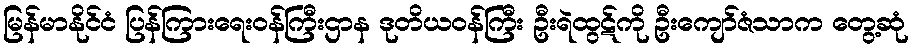
မြန်မာနိုင်ငံ ပြန်ကြားရေးဝန်ကြီးဌာန ဒုတိယဝန်ကြီး ဦးရဲထွဋ်ကို ဦးကျော်ဇံသာက တွေ့ဆုံ